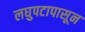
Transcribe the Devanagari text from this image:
लघुपटापासून